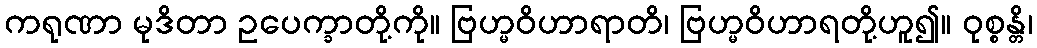
ကရုဏာ မုဒိတာ ဥပေက္ခာတို့ကို။ ဗြဟ္မဝိဟာရာတိ၊ ဗြဟ္မဝိဟာရတို့ဟူ၍။ ဝုစ္စန္တိ၊